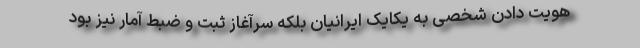
هویت دادن شخصی به یکایک ایرانیان بلکه سرآغاز ثبت و ضبط آمار نیز بود